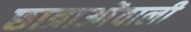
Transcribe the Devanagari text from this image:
छात्राओंवाली